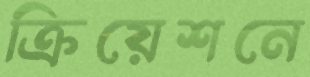
ক্রিয়েশনে